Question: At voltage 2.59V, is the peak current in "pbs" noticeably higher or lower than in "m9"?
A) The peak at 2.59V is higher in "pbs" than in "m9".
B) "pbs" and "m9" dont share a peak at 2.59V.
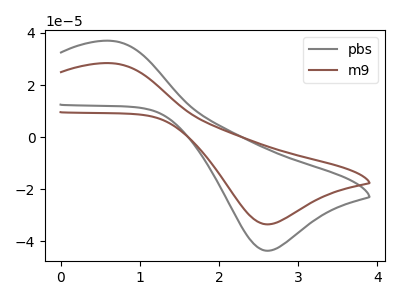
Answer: <think>The gray curve "pbs" has an anodic peak at (0.65V, 36.95uA) and a cathodic peak at (2.60V, -43.65uA). The brown curve "m9" has an anodic peak at (0.65V, 28.35uA) and a cathodic peak at (2.60V, -33.50uA).</think>
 <answer>A) The peak at 2.59V is higher in "pbs" than in "m9".</answer>
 <eval>A</eval>